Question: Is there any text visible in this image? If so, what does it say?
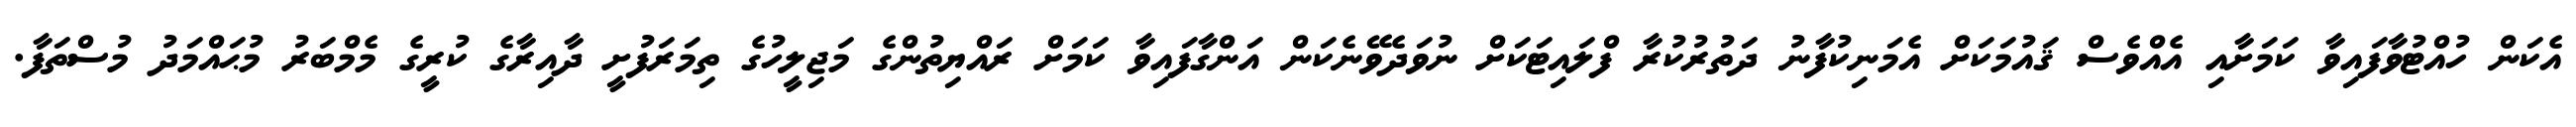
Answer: އެކަން ހުއްޓުވާފައިވާ ކަމަށާއި އެއްވެސް ޤައުމަކަށް އެމަނިކުފާނު ދަތުރުކުރާ ފްލައިޓަކަށް ނުވަދެވޭނެކަން އަންގާފައިވާ ކަމަށް ރައްޔިތުންގެ މަޖިލީހުގެ ތިމަރަފުށީ ދާއިރާގެ ކުރީގެ މެމްބަރު މުޙައްމަދު މުސްތަފާ.